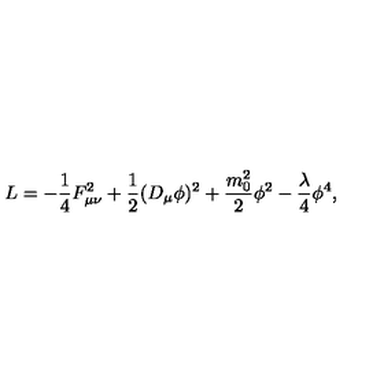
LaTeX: L = - \frac { 1 } { 4 } F _ { \mu \nu } ^ { 2 } + \frac { 1 } { 2 } ( D _ { \mu } \phi ) ^ { 2 } + \frac { m _ { 0 } ^ { 2 } } { 2 } \phi ^ { 2 } - \frac { \lambda } { 4 } \phi ^ { 4 } ,